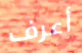
أعرف